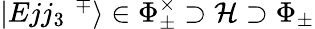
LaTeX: |Ejj_{3}\, \, ^{\mp}\rangle\in\Phi_{\pm}^{\times}\supset{\mathcal H}\supset\Phi_{\pm}